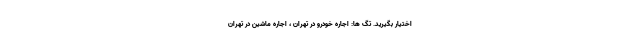
اختیار بگیرید. تگ ها: اجاره خودرو در تهران ، اجاره ماشین در تهران